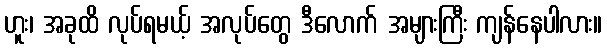
ဟူး၊ အခုထိ လုပ်ရမယ့် အလုပ်တွေ ဒီလောက် အများကြီး ကျန်နေပါလား။